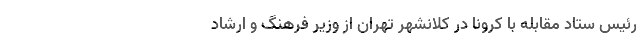
رئیس ستاد مقابله با کرونا در کلانشهر تهران از وزیر فرهنگ و ارشاد